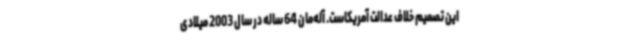
این تصمیم خلاف عدالت آمریکاست. آله‌مان 64 ساله در سال 2003 میلادی